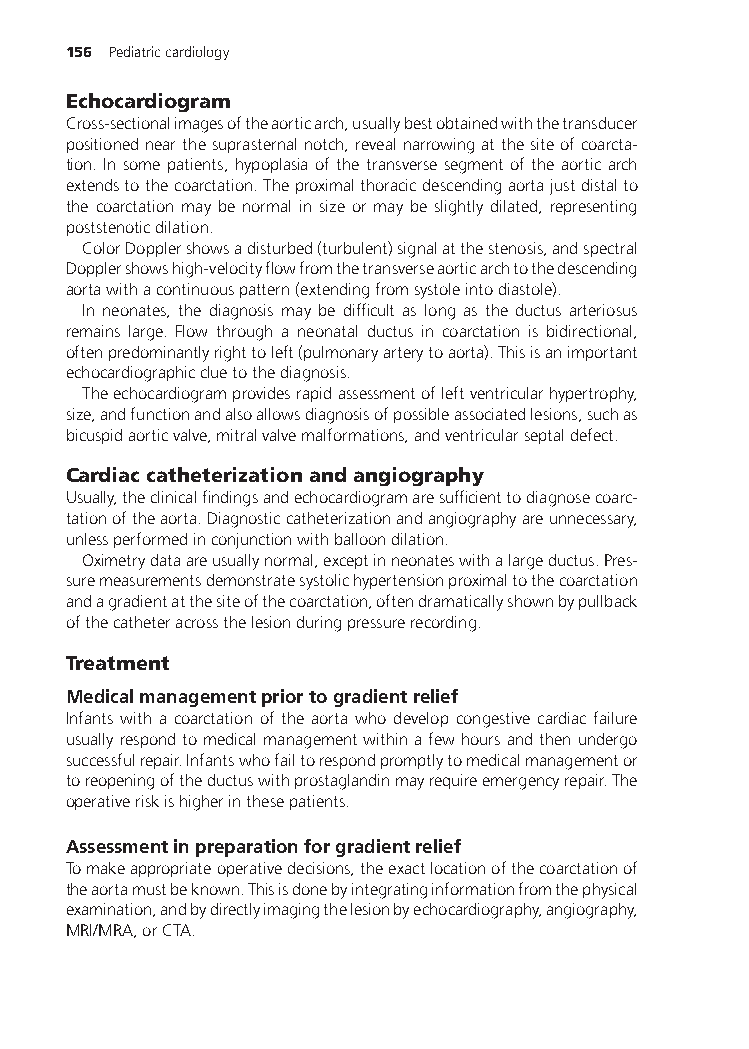
156 Pediatriccardiology
 Echocardiogram
 Cross-sectionalimagesoftheaorticarch,usuallybestobtainedwiththetransducer
 positionednearthesuprasternalnotch,revealnarrowingatthesiteofcoarcta-
 tion. In some patients, hypoplasia of the transverse segment of the aortic arch
 extendstothecoarctation.Theproximalthoracicdescendingaortajustdistalto
 the coarctation may be normal in size or may be slightly dilated, representing
 poststenoticdilation.
 ColorDopplershowsadisturbed(turbulent)signalatthestenosis,andspectral
 Dopplershowshigh-velocityflowfromthetransverseaorticarchtothedescending
 aortawithacontinuouspattern(extendingfromsystoleintodiastole).
 In neonates, the diagnosis may be difficult as long as the ductus arteriosus
 remains large. Flow through a neonatal ductus in coarctation is bidirectional,
 oftenpredominantlyrighttoleft(pulmonaryarterytoaorta).Thisisanimportant
 echocardiographiccluetothediagnosis.
 Theechocardiogramprovidesrapidassessmentofleftventricularhypertrophy,
 size,andfunctionandalsoallowsdiagnosisofpossibleassociatedlesions,suchas
 bicuspidaorticvalve,mitralvalvemalformations,andventricularseptaldefect.
 Cardiaccatheterizationandangiography
 Usually,theclinicalfindingsandechocardiogramaresufficienttodiagnosecoarc-
 tationoftheaorta.Diagnosticcatheterizationandangiographyareunnecessary,
 unlessperformedinconjunctionwithballoondilation.
 Oximetrydataareusuallynormal,exceptinneonateswithalargeductus.Pres-
 suremeasurementsdemonstratesystolichypertensionproximaltothecoarctation
 andagradientatthesiteofthecoarctation,oftendramaticallyshownbypullback
 ofthecatheteracrossthelesionduringpressurerecording.
 Treatment
 Medicalmanagementpriortogradientrelief
 Infants with a coarctation of the aorta who develop congestive cardiac failure
 usuallyrespondtomedicalmanagementwithinafewhoursandthenundergo
 successfulrepair.Infantswhofailtorespondpromptlytomedicalmanagementor
 toreopeningoftheductuswithprostaglandinmayrequireemergencyrepair.The
 operativeriskishigherinthesepatients.
 Assessmentinpreparationforgradientrelief
 Tomakeappropriateoperativedecisions,theexactlocationofthecoarctationof
 theaortamustbeknown.Thisisdonebyintegratinginformationfromthephysical
 examination,andbydirectlyimagingthelesionbyechocardiography,angiography,
 MRI/MRA,orCTA.